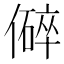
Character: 𪝬